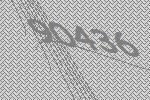
90436